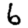
Digit: 6